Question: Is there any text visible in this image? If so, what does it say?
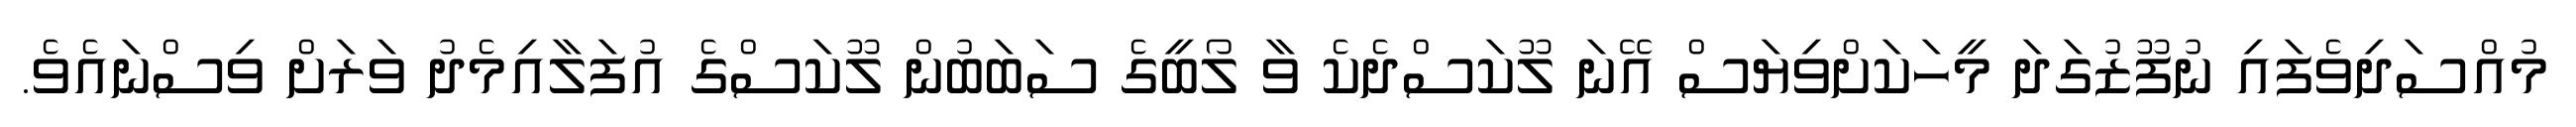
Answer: މުއްސަދިވެފައި ނުފޫޒުގަދަ މީހަކަށްވިޔަސް އޭނަ ލޫކަސްދެކެ ވާ ލޯބީގެ ސަބަބުން ލޫކަސްގެ އުފަލާއިމެދު ވަރަށް ވިސްނައެވެ.